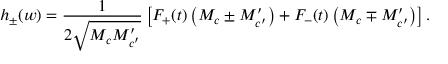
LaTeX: h _ { \pm } ( w ) = { \frac { 1 } { 2 \sqrt { M _ { c } M _ { c ^ { \prime } } ^ { \prime } } } } \left[ F _ { + } ( t ) \left( M _ { c } \pm M _ { c ^ { \prime } } ^ { \prime } \right) + F _ { - } ( t ) \left( M _ { c } \mp M _ { c ^ { \prime } } ^ { \prime } \right) \right] . ~